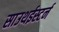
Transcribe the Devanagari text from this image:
साउथईस्टर्न